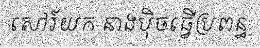
សៅរ៍យក នាងប៉ិចធ្វើប្រពន្ធ